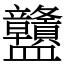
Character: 䀍